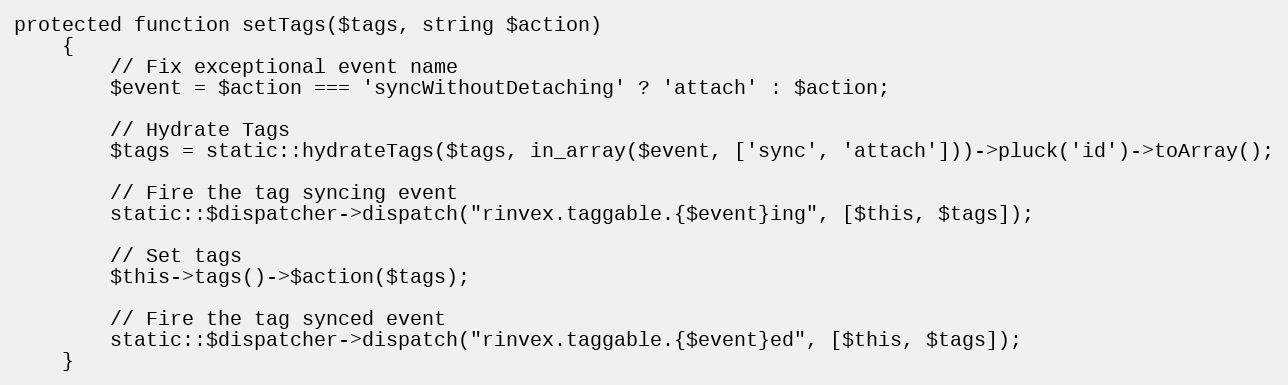
Language: PHP
protected function setTags($tags, string $action)
    {
        // Fix exceptional event name
        $event = $action === 'syncWithoutDetaching' ? 'attach' : $action;

        // Hydrate Tags
        $tags = static::hydrateTags($tags, in_array($event, ['sync', 'attach']))->pluck('id')->toArray();

        // Fire the tag syncing event
        static::$dispatcher->dispatch("rinvex.taggable.{$event}ing", [$this, $tags]);

        // Set tags
        $this->tags()->$action($tags);

        // Fire the tag synced event
        static::$dispatcher->dispatch("rinvex.taggable.{$event}ed", [$this, $tags]);
    }